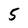
Character: 5